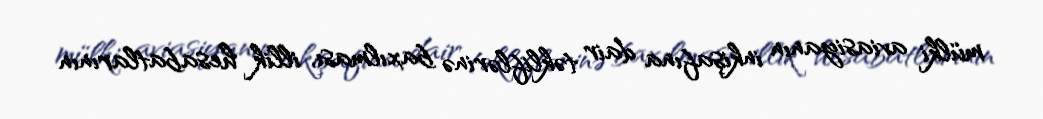
mülki aviasiyanın inkişafına dair təkliflərinə baxılması, illik hesabatlarının